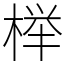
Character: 榉